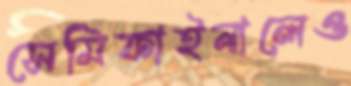
সেমিফাইনালেও